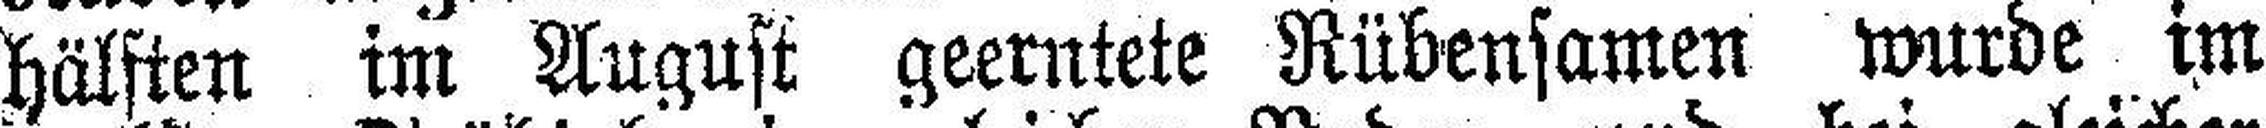
hälsten im August geerntete Rübensamen wurde im